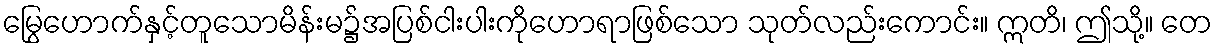
မြွေဟောက်နှင့်တူသောမိန်းမ၌အပြစ်ငါးပါးကိုဟောရာဖြစ်သော သုတ်လည်းကောင်း။ ဣတိ၊ ဤသို့။ တေ